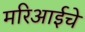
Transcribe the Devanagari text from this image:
मरिआईचे